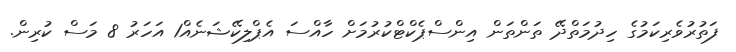
ފަތުރުވެރިކަމުގެ ހިދުމަތްދޭ ތަންތަން އިންސްޕެކްޓްކުރުމަށް ހާއްސަ އެޕްލިކޭޝަނެއް1 އަހަރު 8 މަސް ކުރިން.